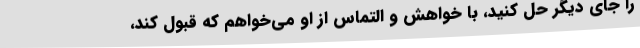
را جای دیگر حل کنید، با خواهش و التماس از او می‌خواهم که قبول کند،